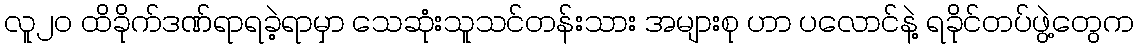
လူ၂၀ ထိခိုက်ဒဏ်ရာရခဲ့ရာမှာ သေဆုံးသူသင်တန်းသား အများစု ဟာ ပလောင်နဲ့ ရခိုင်တပ်ဖွဲ့တွေက